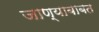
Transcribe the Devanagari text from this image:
जाण्याबाबत